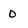
Character: 0